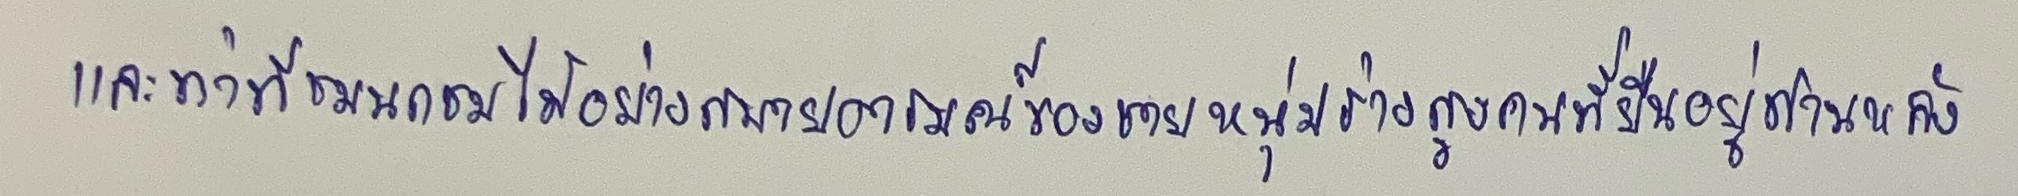
และท่าทีชมนกชมไม้อย่างสบายอารมณ์ของชายหนุ่มร่างสูงคนที่ยืนอยู่ด้านหลัง